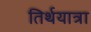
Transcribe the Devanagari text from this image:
तिर्थयात्रा